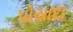
પોયાદા